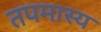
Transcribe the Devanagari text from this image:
तपमास्य